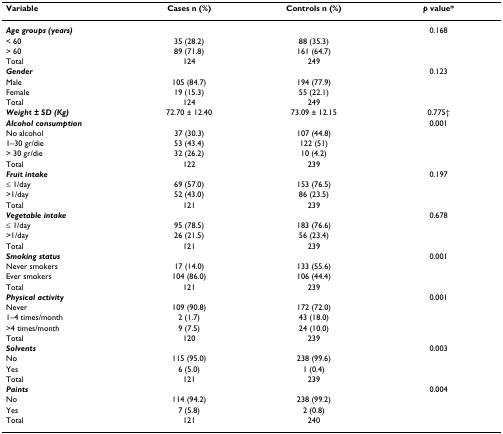
<table><thead><tr><td><b>Variable</b></td><td><b>Cases n (%)</b></td><td><b>Controls n (%)</b></td><td><b><i>p </i>value*</b></td></tr></thead><tbody><tr><td><b><i>Age groups (years)</i></b></td><td></td><td></td><td>0.168</td></tr><tr><td>&lt; 60</td><td>35 (28.2)</td><td>88 (35.3)</td><td></td></tr><tr><td>&gt; 60</td><td>89 (71.8)</td><td>161 (64.7)</td><td></td></tr><tr><td>Total</td><td>124</td><td>249</td><td></td></tr><tr><td><b><i>Gender</i></b></td><td></td><td></td><td>0.123</td></tr><tr><td>Male</td><td>105 (84.7)</td><td>194 (77.9)</td><td></td></tr><tr><td>Female</td><td>19 (15.3)</td><td>55 (22.1)</td><td></td></tr><tr><td>Total</td><td>124</td><td>249</td><td></td></tr><tr><td><b><i>Weight ± SD (Kg)</i></b></td><td>72.70 ± 12.40</td><td>73.09 ± 12.15</td><td>0.775†</td></tr><tr><td><b><i>Alcohol consumption</i></b></td><td></td><td></td><td>0.001</td></tr><tr><td>No alcohol</td><td>37 (30.3)</td><td>107 (44.8)</td><td></td></tr><tr><td>1–30 gr/die</td><td>53 (43.4)</td><td>122 (51)</td><td></td></tr><tr><td>&gt; 30 gr/die</td><td>32 (26.2)</td><td>10 (4.2)</td><td></td></tr><tr><td>Total</td><td>122</td><td>239</td><td></td></tr><tr><td><b><i>Fruit intake</i></b></td><td></td><td></td><td>0.197</td></tr><tr><td>≤ 1/day</td><td>69 (57.0)</td><td>153 (76.5)</td><td></td></tr><tr><td>&gt;1/day</td><td>52 (43.0)</td><td>86 (23.5)</td><td></td></tr><tr><td>Total</td><td>121</td><td>239</td><td></td></tr><tr><td><b><i>Vegetable intake</i></b></td><td></td><td></td><td>0.678</td></tr><tr><td>≤ 1/day</td><td>95 (78.5)</td><td>183 (76.6)</td><td></td></tr><tr><td>&gt;1/day</td><td>26 (21.5)</td><td>56 (23.4)</td><td></td></tr><tr><td>Total</td><td>121</td><td>239</td><td></td></tr><tr><td><b><i>Smoking status</i></b></td><td></td><td></td><td>0.001</td></tr><tr><td>Never smokers</td><td>17 (14.0)</td><td>133 (55.6)</td><td></td></tr><tr><td>Ever smokers</td><td>104 (86.0)</td><td>106 (44.4)</td><td></td></tr><tr><td>Total</td><td>121</td><td>239</td><td></td></tr><tr><td><b><i>Physical activity</i></b></td><td></td><td></td><td>0.001</td></tr><tr><td>Never</td><td>109 (90.8)</td><td>172 (72.0)</td><td></td></tr><tr><td>1–4 times/month</td><td>2 (1.7)</td><td>43 (18.0)</td><td></td></tr><tr><td>&gt;4 times/month</td><td>9 (7.5)</td><td>24 (10.0)</td><td></td></tr><tr><td>Total</td><td>120</td><td>239</td><td></td></tr><tr><td><b><i>Solvents</i></b></td><td></td><td></td><td>0.003</td></tr><tr><td>No</td><td>115 (95.0)</td><td>238 (99.6)</td><td></td></tr><tr><td>Yes</td><td>6 (5.0)</td><td>1 (0.4)</td><td></td></tr><tr><td>Total</td><td>121</td><td>239</td><td></td></tr><tr><td><b><i>Paints </i></b></td><td></td><td></td><td>0.004</td></tr><tr><td>No</td><td>114 (94.2)</td><td>238 (99.2)</td><td></td></tr><tr><td>Yes</td><td>7 (5.8)</td><td>2 (0.8)</td><td></td></tr><tr><td>Total</td><td>121</td><td>240</td><td></td></tr></tbody></table>